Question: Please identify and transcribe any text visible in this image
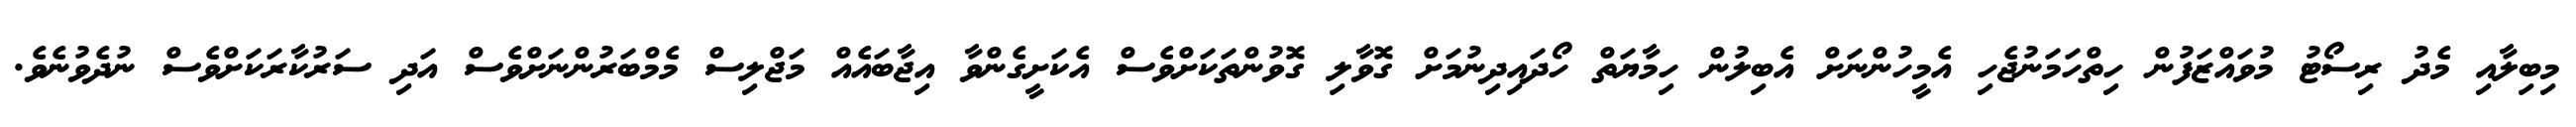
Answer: މިބިލާއި މެދު ރިސޯޓު މުވައްޒަފުން ހިތްހަމަނުޖެހި އެމީހުންނަށް އެބިލުން ހިމާޔަތް ހޯދައިދިނުމަށް ގޮވާލި ގޮވުންތަކަށްވެސް އެކަށީގެންވާ އިޖާބައެއް މަޖްލިސް މެމްބަރުންނަށްވެސް އަދި ސަރުކާރަކަށްވެސް ނުދެވުނެވެ.